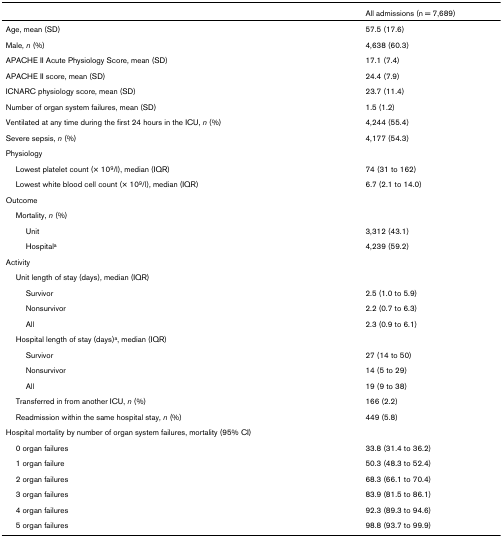
|  | All admissions (n = 7,689) |
 | --- | --- |
 | Age, mean (SD) | 57.5 (17.6) |
 | Male, n (%) | 4,638 (60.3) |
 | APACHE II Acute Physiology Score, mean (SD) | 17.1 (7.4) |
 | APACHE II score, mean (SD) | 24.4 (7.9) |
 | ICNARC physiology score, mean (SD) | 23.7 (11.4) |
 | Number of organ system failures, mean (SD) | 1.5 (1.2) |
 | Ventilated at any time during the first 24 hours in the ICU, n (%) | 4,244 (55.4) |
 | Severe sepsis, n (%) | 4,177 (54.3) |
 | Physiology |  |
 | Lowest platelet count (× 109/l), median (IQR) | 74 (31 to 162) |
 | Lowest white blood cell count (× 109/l), median (IQR) | 6.7 (2.1 to 14.0) |
 | Outcome |  |
 | Mortality, n (%) |  |
 | Unit | 3,312 (43.1) |
 | Hospitala | 4,239 (59.2) |
 | Activity |  |
 | Unit length of stay (days), median (IQR) |  |
 | Survivor | 2.5 (1.0 to 5.9) |
 | Nonsurvivor | 2.2 (0.7 to 6.3) |
 | All | 2.3 (0.9 to 6.1) |
 | Hospital length of stay (days)a, median (IQR) |  |
 | Survivor | 27 (14 to 50) |
 | Nonsurvivor | 14 (5 to 29) |
 | All | 19 (9 to 38) |
 | Transferred in from another ICU, n (%) | 166 (2.2) |
 | Readmission within the same hospital stay, n (%) | 449 (5.8) |
 | Hospital mortality by number of organ system failures, mortality (95% CI) |  |
 | 0 organ failures | 33.8 (31.4 to 36.2) |
 | 1 organ failure | 50.3 (48.3 to 52.4) |
 | 2 organ failures | 68.3 (66.1 to 70.4) |
 | 3 organ failures | 83.9 (81.5 to 86.1) |
 | 4 organ failures | 92.3 (89.3 to 94.6) |
 | 5 organ failures | 98.8 (93.7 to 99.9) |